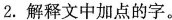
2.解释文中加点的字。